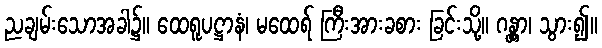
ညချမ်းသောအခါ၌။ ထေရူပဋ္ဌာနံ၊ မထေရ် ကြီးအားခစား ခြင်းသို့။ ဂန္တွာ၊ သွား၍။